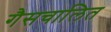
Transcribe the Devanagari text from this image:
गैसचालित